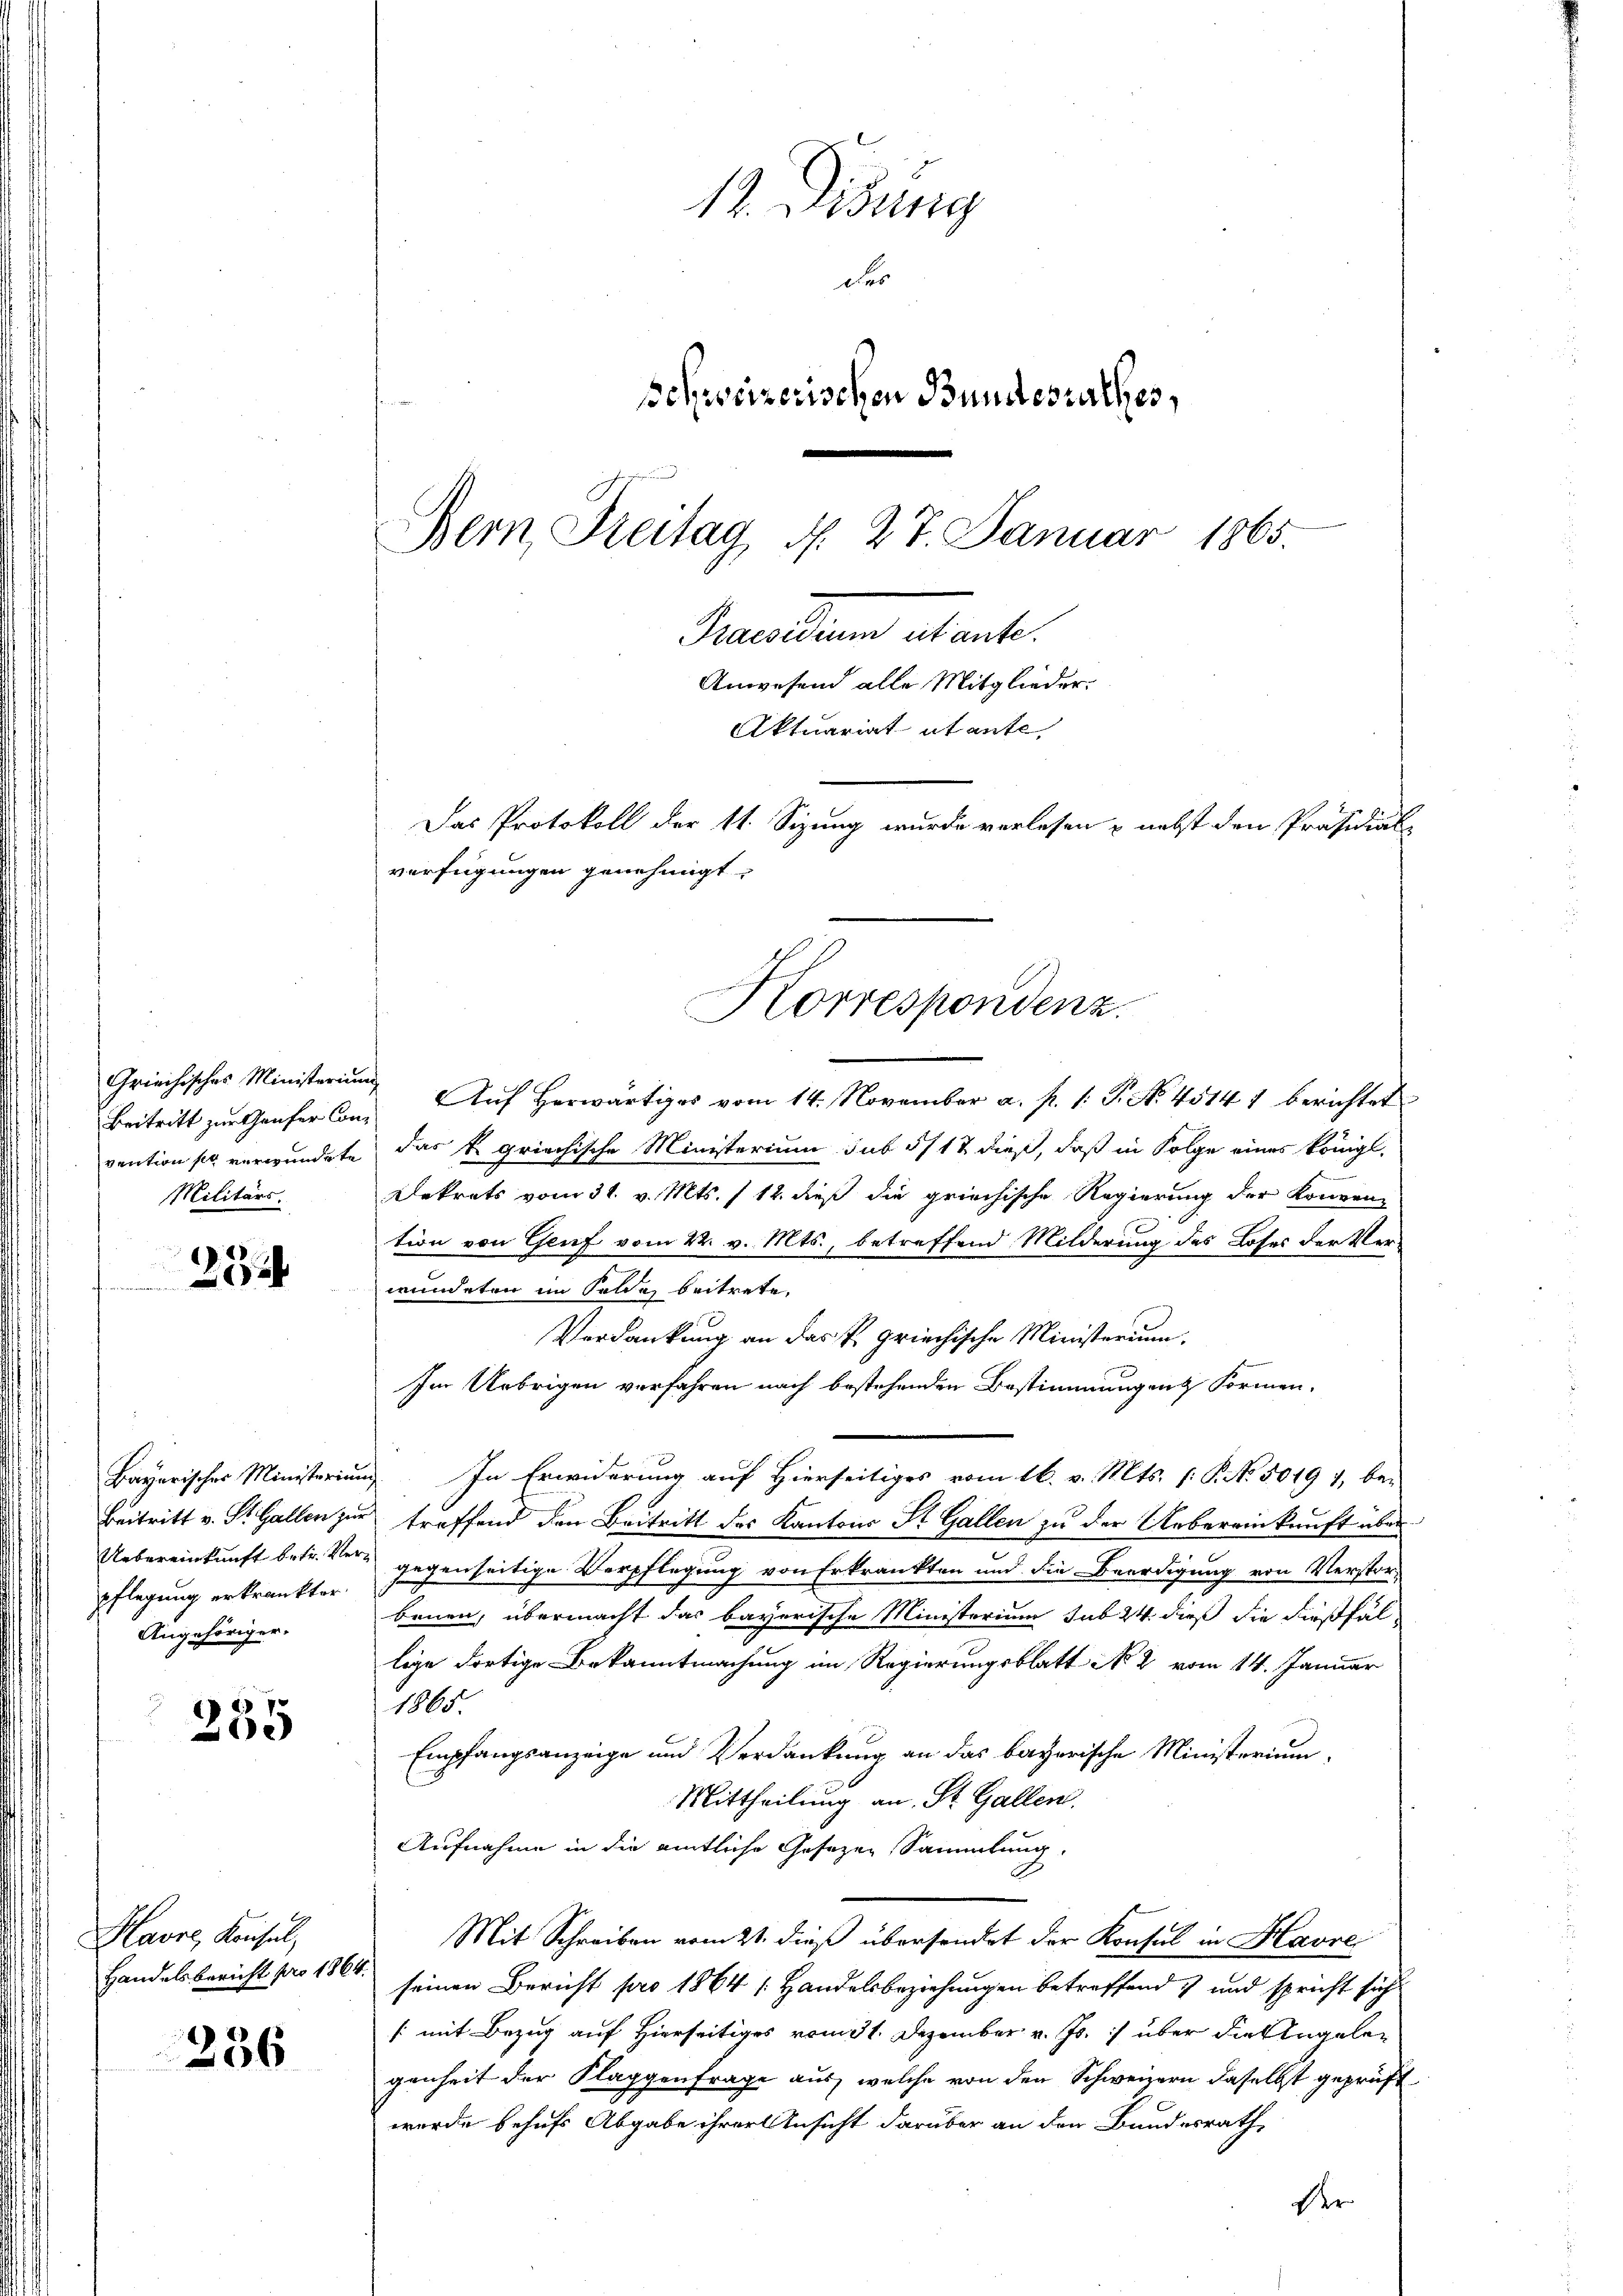
Griechisches Ministerium
Militärs.

2

pflegung erkränkter.
Angehöriger.

235

Havre, Konsul,

236

12. Disung
de
schweizerischen Bundesrathes,
Bern Breitag d. 27. Januar 1865.
ementen alternte.
Anwesend alle Mitglieder.
Aktuariat utante
Das Protokoll der 11. Sizung wurde verlesen & nebst den Präsidial-
verfügungen genehmigt.

Beitritt zur Genfer Con¬ Aŭf herwärtiges vom 14. November a. p. 1. P. No. 4514 1 berichtet
vention so verwundete, das k. griechische Ministerium sub 5/12 dieß, daß in Folge eines königl.
Dekrets vom 31. v. Mts. /12. dieß die griechische Regierung der Konzen-
tion von Genf vom 22. v. Mts., betreffend Milderung des Loses der Verwundeten im Felde beitrete,
Verdankung an das P. griechische Ministerium,
Im Uebrigen verfahren nach bestehenden Bestimmungen Formen,
Bayerischer Ministerium In Erwiderung auf Hierseitiges vom 16. v. Mts. (: P. No. 5019 7, be-
Beitritt v. St. Gallen zur treffend den Beitritt des Kantons St. Gallen zu der Uebereinkunft über
Uebereinkunft betr. Vers gegenseitige Verpflegung von Erkrankten und die Beerdigung von Verstor-
benen, übermacht das bayerische Ministerium sub 24. dieß die dießfällige dortige Bekanntmachung im Regierungsblatt No 2 vom 14. Januar
1865.
Empfangsanzeige und Verdankung an das bayerische Ministerium
Mittheilung an Sr. Gallen.
Aufnahme in die amtliche Gesezen Sammlung.
Mit Schreiben vom 21. dieß übersendet der Konsul in Havre
Handelsbericht pro 186 seinen Bericht pro 1864 / Handelsbeziehungen betreffend & und spricht sich
/: mit Bezug auf Hierseitiges vom 31. Dezember v. Js. über die Angeleg
genheit der Klaggenfrage aus, welche von den Schweizern daselbst geprüft
wurde behufs Abgabe ihrer Ansicht darüber an den Bundesrath,
Der

Korrespondenz.